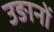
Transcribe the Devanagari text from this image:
उङानों